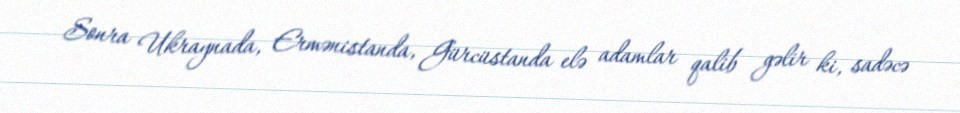
Sonra Ukraynada, Ermənistanda, Gürcüstanda elə adamlar qalib gəlir ki, sadəcə